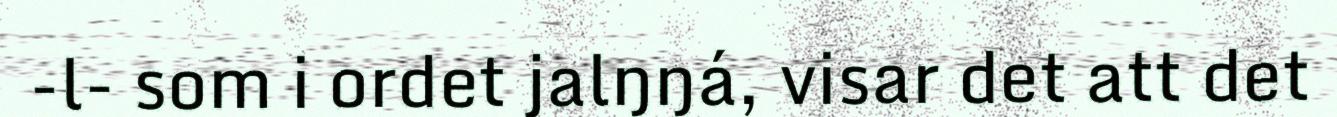
-l- som i ordet jalŋŋá, visar det att det